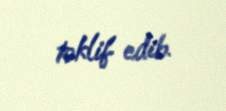
təklif edib.